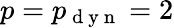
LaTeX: p=p_{\mathrm{~d~y~n~}}=2